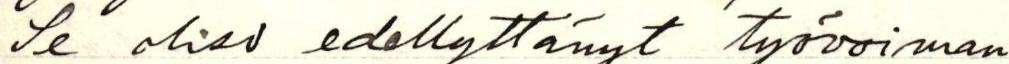
Se olisi edellyttänyt työvoiman